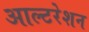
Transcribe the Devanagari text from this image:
आल्टरेशन